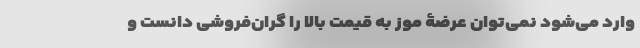
وارد می‌شود نمی‌توان عرضۀ موز به قیمت بالا را گران‌فروشی دانست و